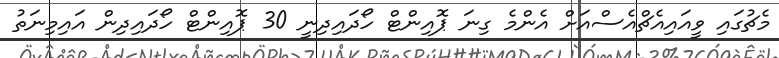
މެޗުގައި ވީއައިއެޗްއެސްއަށް އެންމެ ގިނަ ޕޮއިންޓް ހޯދައިދިނީ 30 ޕޮއިންޓް ހޯދައިދިން އައިމިނަތު